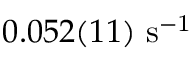
0 . 0 5 2 ( 1 1 ) ~ \mathrm { s ^ { - 1 } }